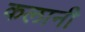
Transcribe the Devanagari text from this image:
कलानी